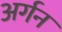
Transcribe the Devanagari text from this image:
अर्गन